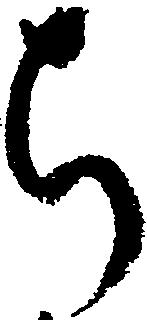
ち